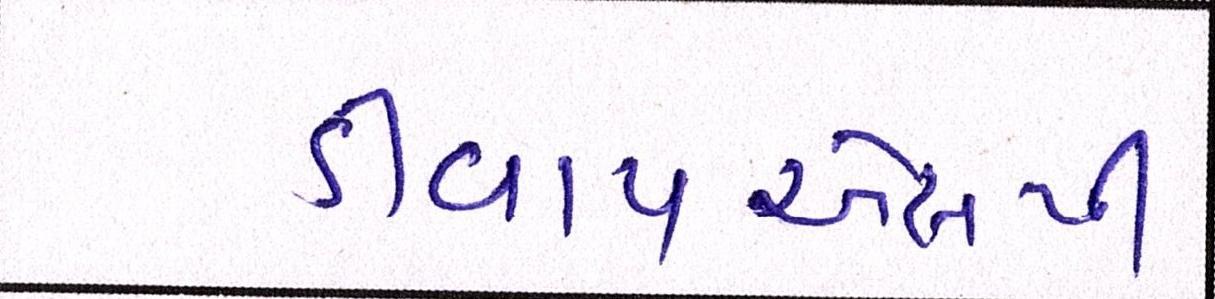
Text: ડીવાયએસપી